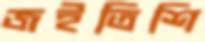
জইতিশি